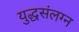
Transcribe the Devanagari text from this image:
युद्धसंलग्न